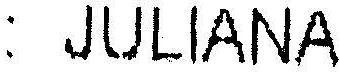
: JULIANA